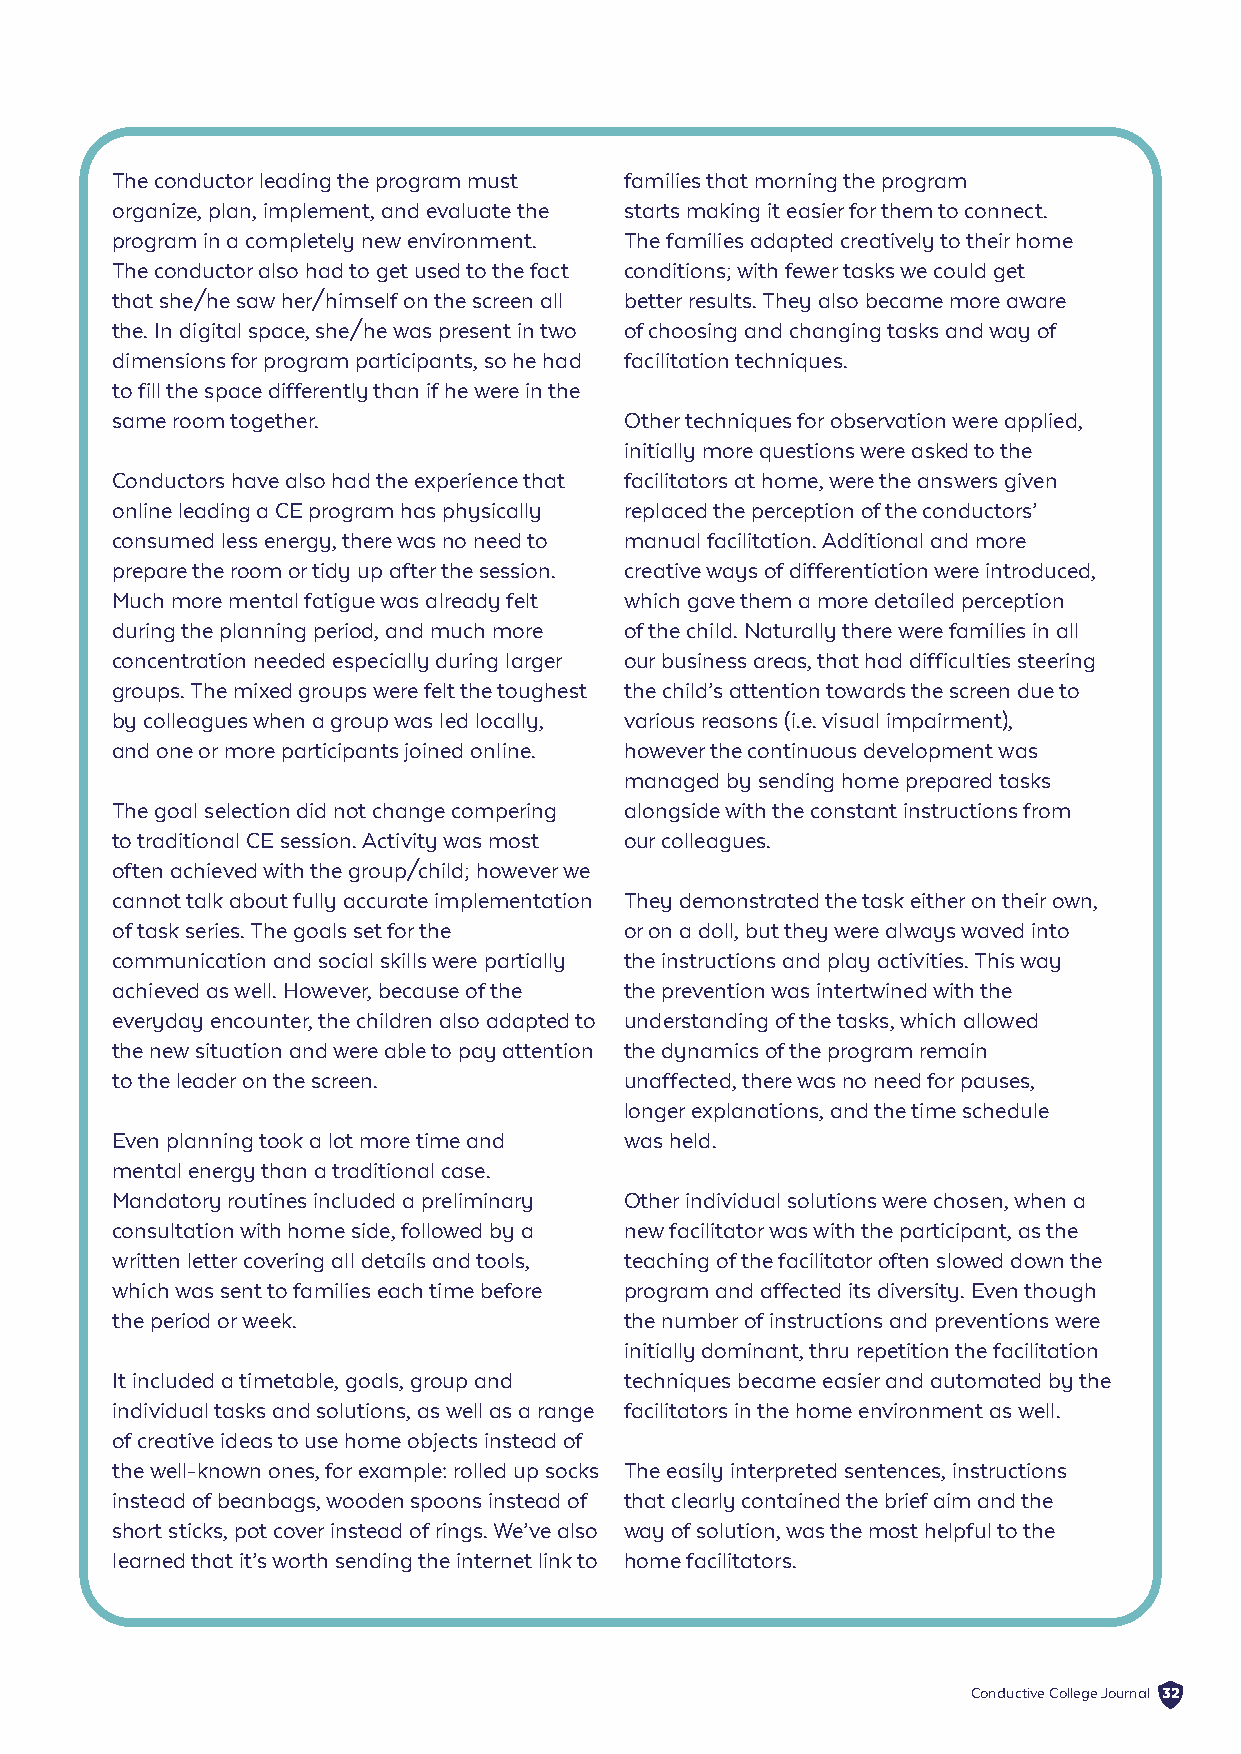
The conductor leading the program must families that morning the program
 organize, plan, implement, and evaluate the starts making it easier for them to connect.
 program in a completely new environment. The families adapted creatively to their home
 The conductor also had to get used to the fact conditions; with fewer tasks we could get
 that she/he saw her/himself on the screen all better results. They also became more aware
 the. In digital space, she/he was present in two of choosing and changing tasks and way of
 dimensions for program participants, so he had facilitation techniques.
 to fill the space differently than if he were in the
 same room together.               Other techniques for observation were applied,
 initially more questions were asked to the
 Conductors have also had the experience that facilitators at home, were the answers given
 online leading a CE program has physically replaced the perception of the conductors’
 consumed less energy, there was no need to manual facilitation. Additional and more
 prepare the room or tidy up after the session. creative ways of differentiation were introduced,
 Much more mental fatigue was already felt which gave them a more detailed perception
 during the planning period, and much more of the child. Naturally there were families in all
 concentration needed especially during larger our business areas, that had difficulties steering
 groups. The mixed groups were felt the toughest the child’s attention towards the screen due to
 by colleagues when a group was led locally, various reasons (i.e. visual impairment),
 and one or more participants joined online. however the continuous development was
 managed by sending home prepared tasks
 The goal selection did not change compering alongside with the constant instructions from
 to traditional CE session. Activity was most our colleagues.
 often achieved with the group/child; however we
 cannot talk about fully accurate implementation They demonstrated the task either on their own,
 of task series. The goals set for the or on a doll, but they were always waved into
 communication and social skills were partially the instructions and play activities. This way
 achieved as well. However, because of the the prevention was intertwined with the
 everyday encounter, the children also adapted to understanding of the tasks, which allowed
 the new situation and were able to pay attention the dynamics of the program remain
 to the leader on the screen.      unaffected, there was no need for pauses,
 longer explanations, and the time schedule
 Even planning took a lot more time and was held.
 mental energy than a traditional case.
 Mandatory routines included a preliminary Other individual solutions were chosen, when a
 consultation with home side, followed by a new facilitator was with the participant, as the
 written letter covering all details and tools, teaching of the facilitator often slowed down the
 which was sent to families each time before program and affected its diversity. Even though
 the period or week.               the number of instructions and preventions were
 initially dominant, thru repetition the facilitation
 It included a timetable, goals, group and techniques became easier and automated by the
 individual tasks and solutions, as well as a range facilitators in the home environment as well.
 of creative ideas to use home objects instead of
 the well-known ones, for example: rolled up socks The easily interpreted sentences, instructions
 instead of beanbags, wooden spoons instead of that clearly contained the brief aim and the
 short sticks, pot cover instead of rings. We’ve also way of solution, was the most helpful to the
 learned that it’s worth sending the internet link to home facilitators.
 Conductive College Journal 32